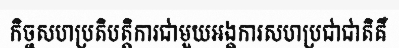
កិច្ចសហប្រតិបត្តិការជាមួយអង្គការសហប្រជាជាតិគឺ